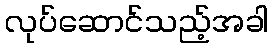
လုပ်ဆောင်သည့်အခါ